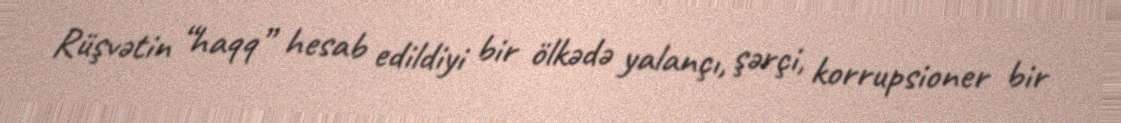
Rüşvətin “haqq” hesab edildiyi bir ölkədə yalançı, şərçi, korrupsioner bir